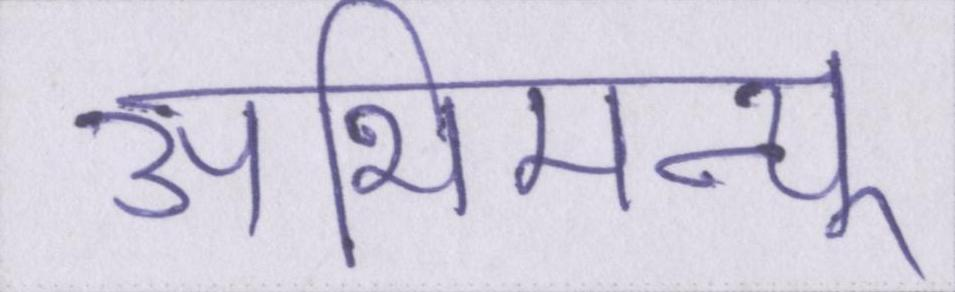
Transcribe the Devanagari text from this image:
अभिमन्यू